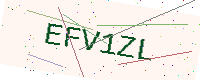
Text: EFV1ZL